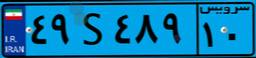
۴۹S۴۸۹۱۰